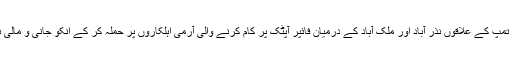
22 اکتوبر کو تمپ کے علاقوں نذر آباد اور ملک آباد کے درمیان فائپر آپٹک پر کام کرنے والی آرمی اہلکاروں پر حملہ کر کے انکو جانی و مالی نقصان پہنچایا۔